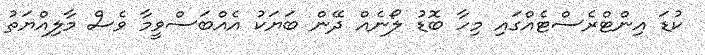
ކުޑަ އިންޓްރެސްޓެއްގައި މިހާ ބޮޑު ލޯނެއް ދޭން ބަޔަކު އެއްބަސްވީމާ ވެސް މާލިއްޔަތު